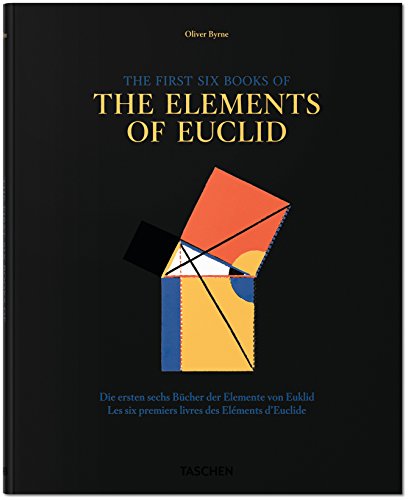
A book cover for Oliver Byrne: The First Six Books of the Elements of Euclid; Werner Oechslin; Science & Math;